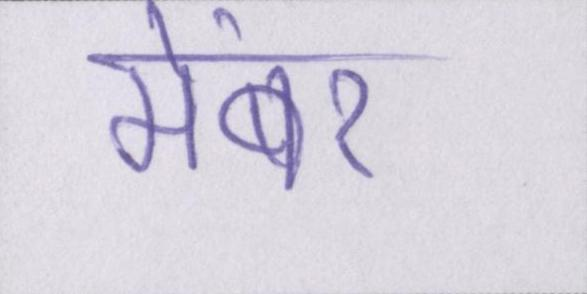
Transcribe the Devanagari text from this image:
मेंबर